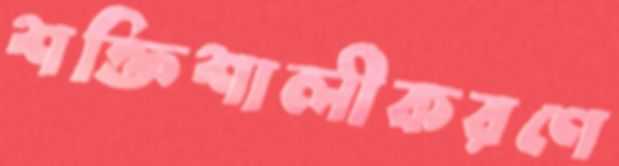
শক্তিশালীকরণে